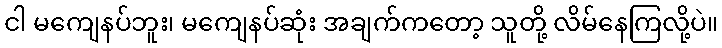
ငါ မကျေနပ်ဘူး၊ မကျေနပ်ဆုံး အချက်ကတော့ သူတို့ လိမ်နေကြလို့ပဲ။